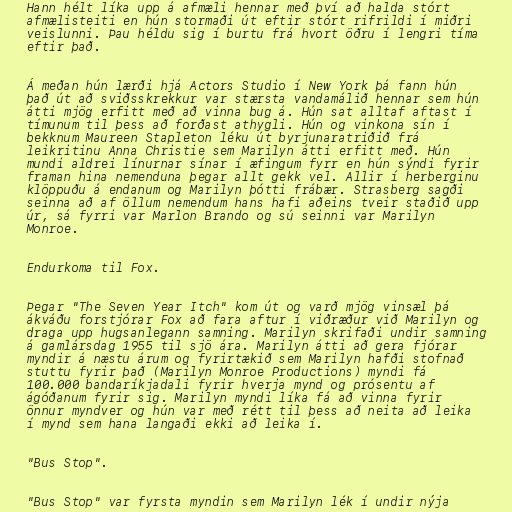
Hann hélt líka upp á afmæli hennar með því að halda stórt
afmælisteiti en hún stormaði út eftir stórt rifrildi í miðri
veislunni. Þau héldu sig í burtu frá hvort öðru í lengri tíma
eftir það.

Á meðan hún lærði hjá Actors Studio í New York þá fann hún
það út að sviðsskrekkur var stærsta vandamálið hennar sem hún
átti mjög erfitt með að vinna bug á. Hún sat alltaf aftast í
tímunum til þess að forðast athygli. Hún og vinkona sín í
bekknum Maureen Stapleton léku út byrjunaratriðið frá
leikritinu Anna Christie sem Marilyn átti erfitt með. Hún
mundi aldrei línurnar sínar í æfingum fyrr en hún sýndi fyrir
framan hina nemenduna þegar allt gekk vel. Allir í herberginu
klöppuðu á endanum og Marilyn þótti frábær. Strasberg sagði
seinna að af öllum nemendum hans hafi aðeins tveir staðið upp
úr, sá fyrri var Marlon Brando og sú seinni var Marilyn
Monroe.

Endurkoma til Fox.

Þegar "The Seven Year Itch" kom út og varð mjög vinsæl þá
ákváðu forstjórar Fox að fara aftur í viðræður við Marilyn og
draga upp hugsanlegann samning. Marilyn skrifaði undir samning
á gamlársdag 1955 til sjö ára. Marilyn átti að gera fjórar
myndir á næstu árum og fyrirtækið sem Marilyn hafði stofnað
stuttu fyrir það (Marilyn Monroe Productions) myndi fá
100.000 bandaríkjadali fyrir hverja mynd og prósentu af
ágóðanum fyrir sig. Marilyn myndi líka fá að vinna fyrir
önnur myndver og hún var með rétt til þess að neita að leika
í mynd sem hana langaði ekki að leika í.

"Bus Stop".

"Bus Stop" var fyrsta myndin sem Marilyn lék í undir nýja